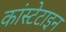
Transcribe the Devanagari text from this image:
कांस्टेटाइन